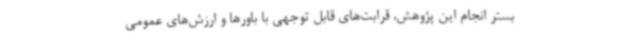
بستر انجام این پژوهش، قرابت‌های قابل توجهی با باورها و ارزش‌های عمومی